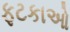
ફટકાઓ